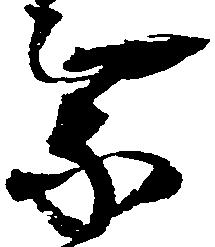
乗